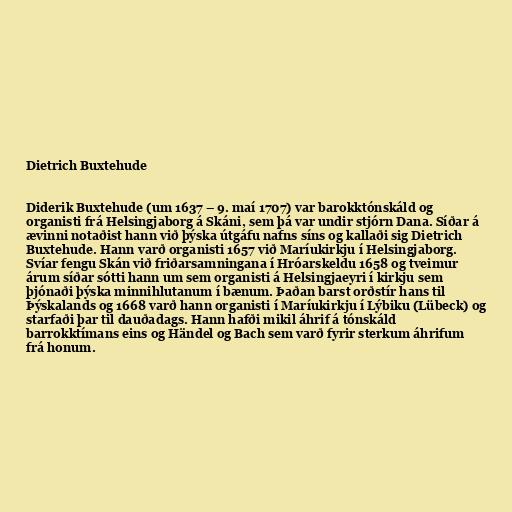
Dietrich Buxtehude

Diderik Buxtehude (um 1637 – 9. maí 1707) var barokktónskáld og
organisti frá Helsingjaborg á Skáni, sem þá var undir stjórn Dana. Síðar á
ævinni notaðist hann við þýska útgáfu nafns síns og kallaði sig Dietrich
Buxtehude. Hann varð organisti 1657 við Maríukirkju í Helsingjaborg.
Svíar fengu Skán við friðarsamningana í Hróarskeldu 1658 og tveimur
árum síðar sótti hann um sem organisti á Helsingjaeyri í kirkju sem
þjónaði þýska minnihlutanum í bænum. Þaðan barst orðstír hans til
Þýskalands og 1668 varð hann organisti í Maríukirkju í Lýbiku (Lübeck) og
starfaði þar til dauðadags. Hann hafði mikil áhrif á tónskáld
barrokktímans eins og Händel og Bach sem varð fyrir sterkum áhrifum
frá honum.